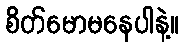
စိတ်မောမနေပါနဲ့။